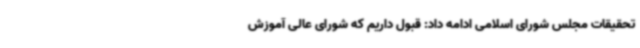
تحقیقات مجلس شورای اسلامی ادامه داد: قبول داریم که شورای عالی آموزش